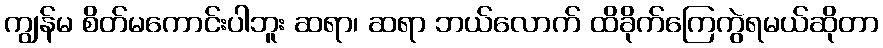
ကျွန်မ စိတ်မကောင်းပါဘူး ဆရာ၊ ဆရာ ဘယ်လောက် ထိခိုက်ကြေကွဲရမယ်ဆိုတာ